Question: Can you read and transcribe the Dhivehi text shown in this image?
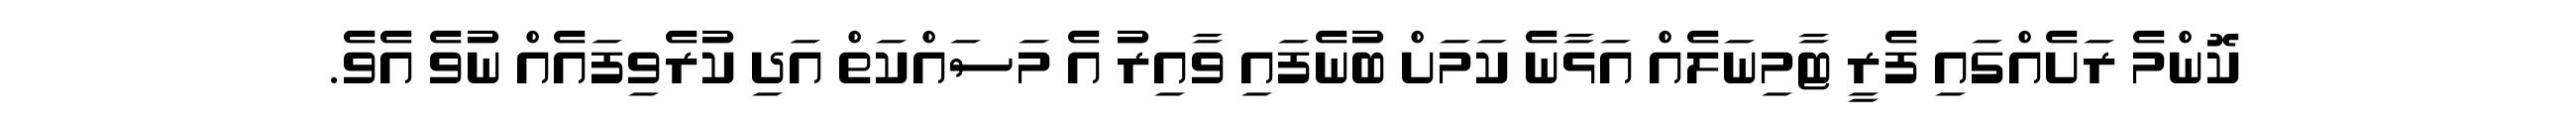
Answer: ކޮންމެ ރަށެއްގައި ފެރީ ޓާމިނަލެއް އަޅާނެ ކަމަށް ބުނެފައި ވާއިރު އެ މަސައްކަތް އަދި ކުރެވިފައެއް ނުވެ އެވެ.